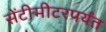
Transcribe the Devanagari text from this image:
सेंटीमीटरपर्यंत